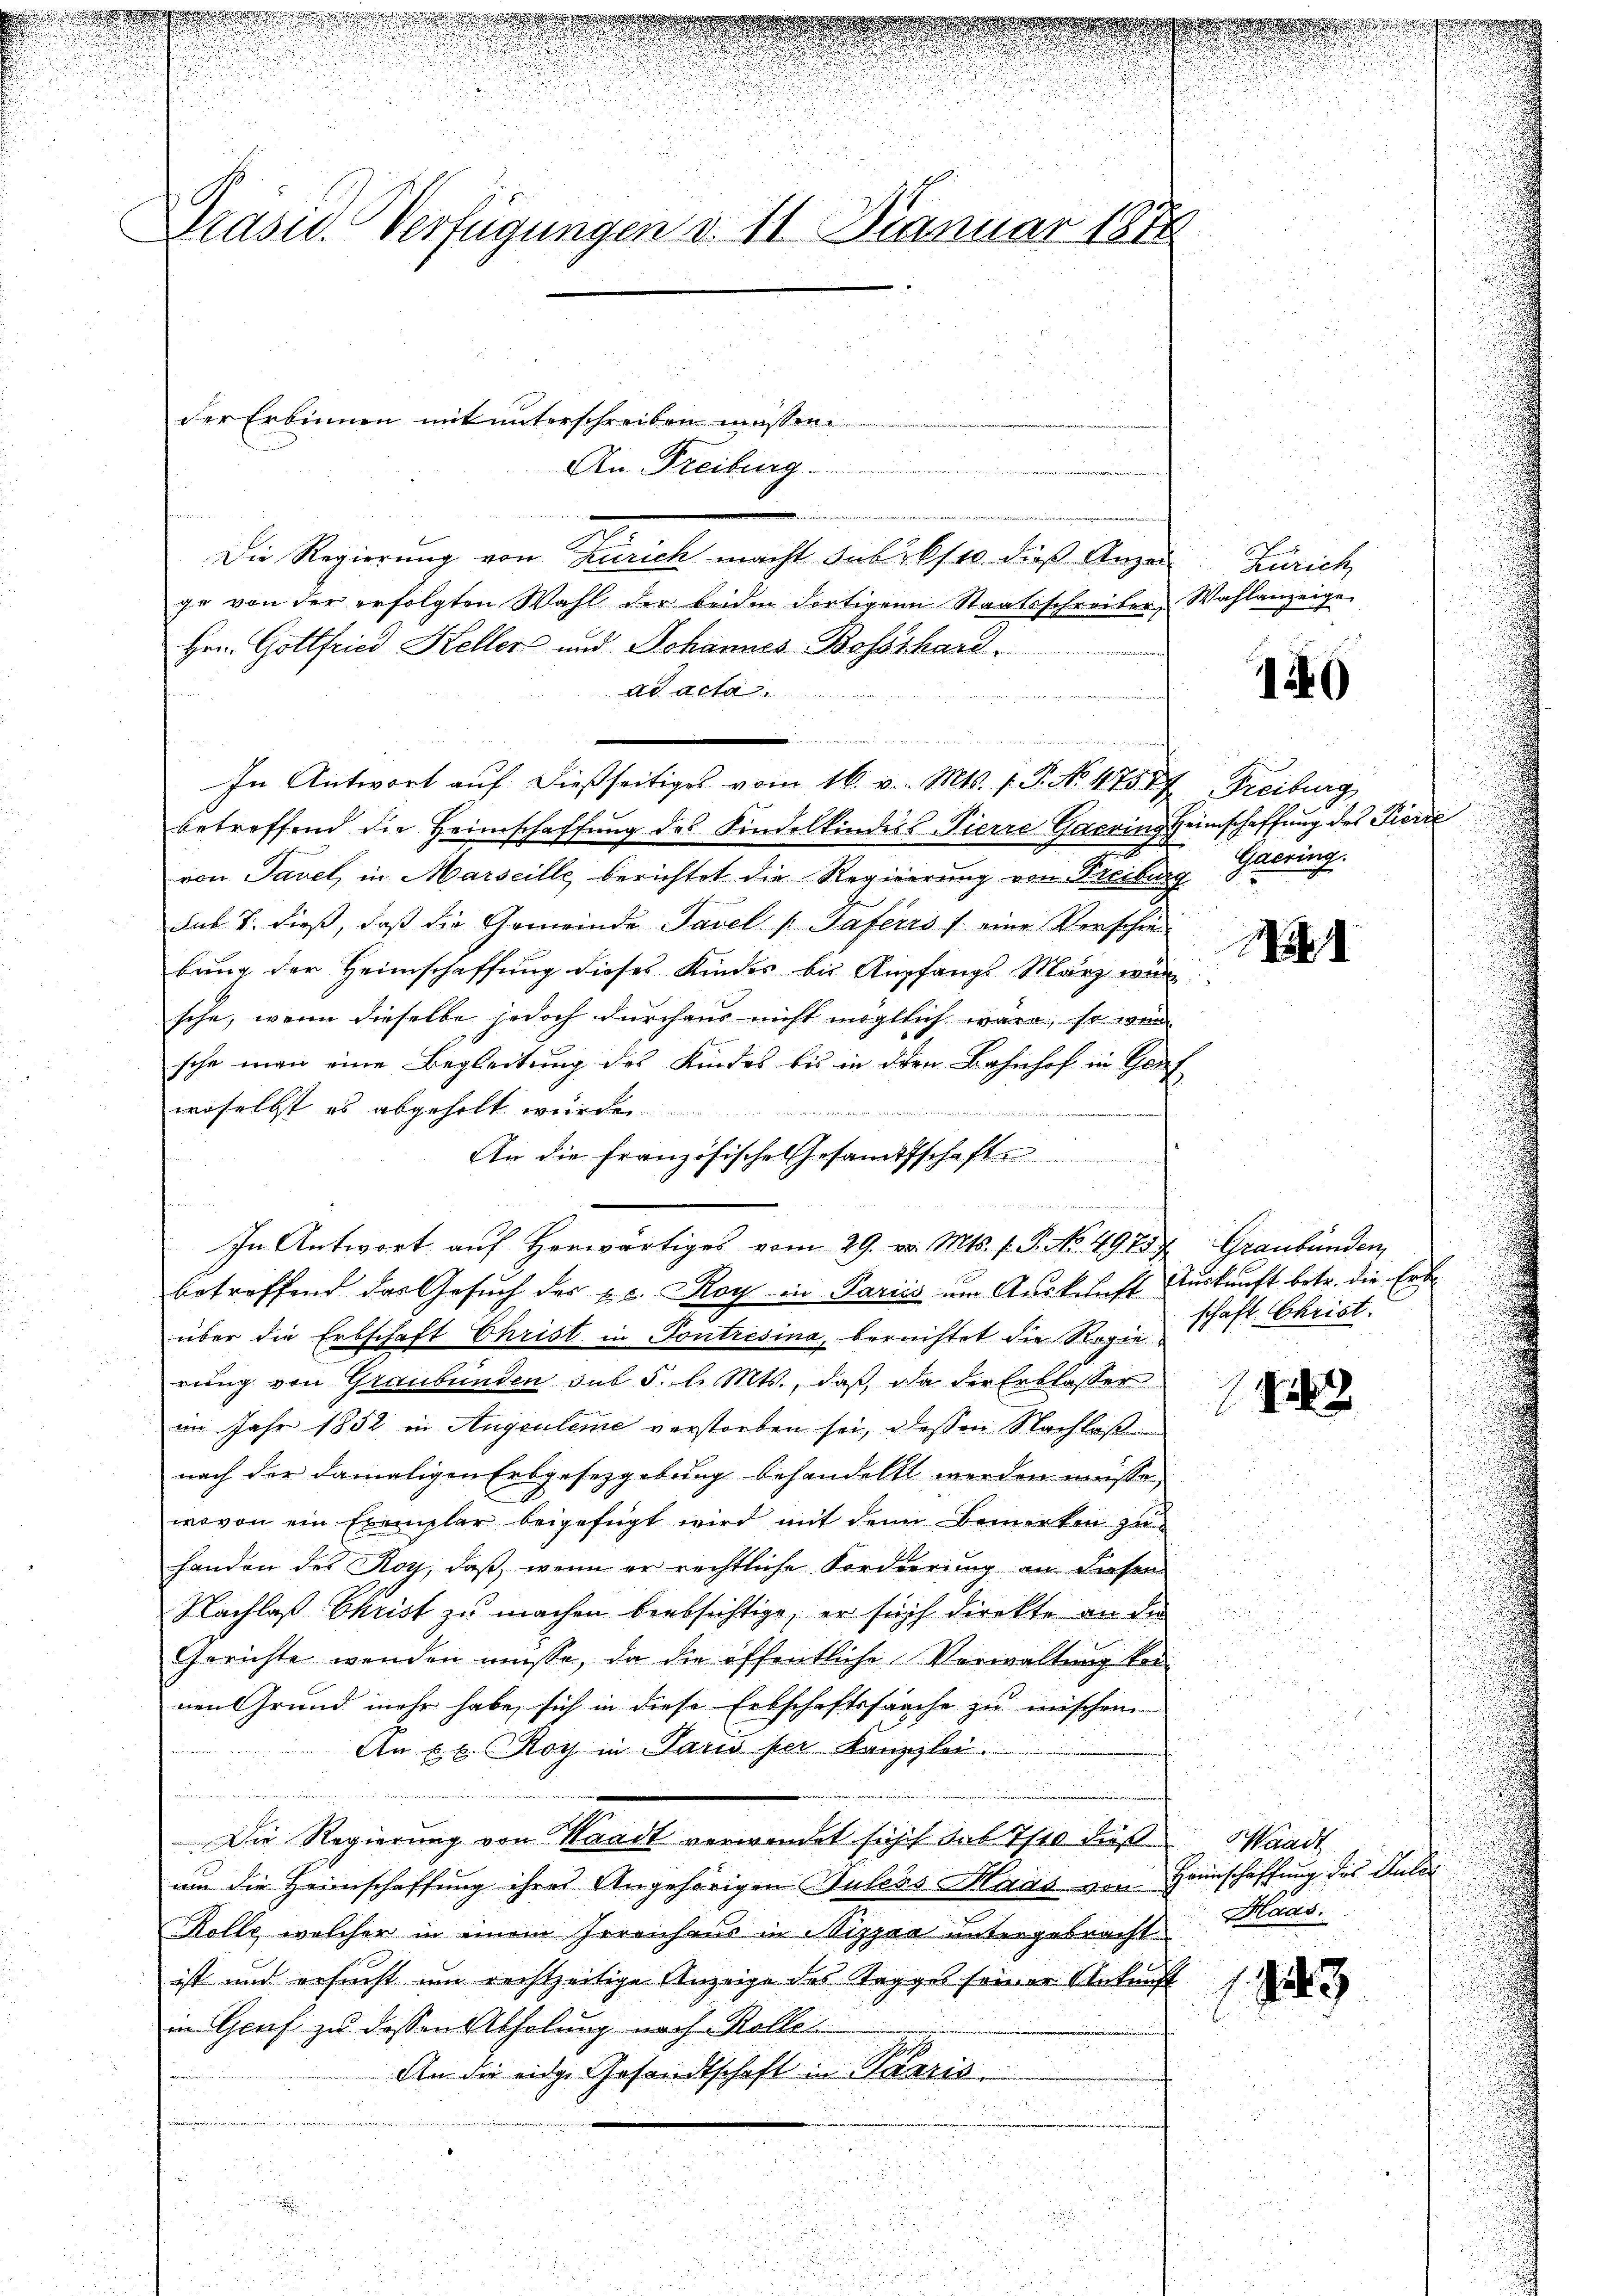
Drasid. Verfügungen v. 11. Januar 1874.

der Erbinnen mit unterschreiben müssen.

Die Regierung von Zürich macht sub 26/10. dieß Anze
ge von der erfolgten Wahl der beiden dortigen Staatsschreiber Wahlanzeige
Hrn. Gottfried Keller und Johannes Bossshand
ad acta.
u
In Antwort auf dießseitiges vom 16. v. Mts. f. P. No 47587, Freiburg
betreffend die Heimschaffung des Kindelkinders Pierre Gaering Heimschaffung des Pierić
von Tavel, in Marseille berichtet die Regierung von Preiburg
sub 7. dieß, daß die Gemeinde Tavel (Taferrs / eine Verschäd
bung der Heimschaffung dieses Kindes bis Ampfangs März wä
sche, wenn dieselbe jedoch durchaus nicht mögtlich wäre, so wen
sche man eine Begleitung des Kindes bis in den Bahnhof in Genf
woselbst es abgeholt werde
ergerlich zu, unter den se
An die französische Gesandtschaft
i
In Antwort auf herwärtiges vom 29. v. Mts. f. P. No. 4913, Graubünden,
betreffend das Gesuch des u. Roy in Pariis um Ausschaft Auskunft betr. die Erbüber die Erbschaft Christ in Pontresina, berechtet die Regierung von Graubünden sub 5. l. Mts., daß da der Erblasser
im Jahr 1852 in Augsuleme verstorben sei, deßen Nachlos
nach der damaligen Erbgesetzgebung behandelt werden müsse
wovon ein Exemplar beigefügt wird mit dem Bemerken zu
handen des Roy, daß wenn er rechtliche Forderung an diesen
Nachlaß Christ zu machen beabsichtige, er sich direkte an die
Gerichte wenden müsse, da die öffentliche Verwaltung vornen Grund mehr habe, sich in diese Erbschaftssache zu mischen
An xx. Roy in Paus der Kanzlei
.
Die Regierung von Waadt verwendet sicht sub 7/10 dieß
um die Heimschaffung ihres Angehörigen Gutes Maas von Heimschaffung des Juli
Rolle, welcher in einem Irreichens in Mizpra untergebracht
ist und ersucht um rechtzeitige Anzeige des Tagges seiner Ankunft
in Graf zu dessen Abholung nach Rolle
An die eige Gesandtschaft in Paris

An Freiburg.

eingenden

Zürich

140

Gaering.

schaft Christ.

13

Waadt
Haas

u